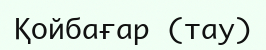
Қойбағар (тау)